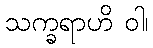
သက္ခရာဟိ ဝါ၊